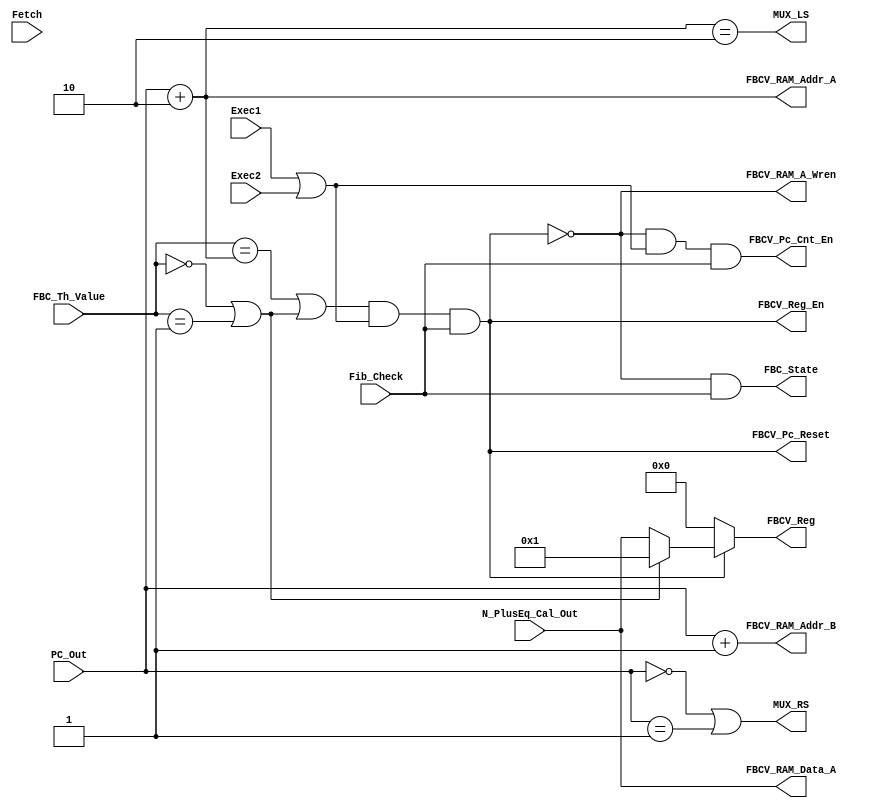
module Fibonacci_ALU_Decoder
(
input [11:0] FBC_Th_Value,  //That comes from the IR' 12 bits ontop of MUX2 in the simple MU0 design and after having been passed through the FORCE for FBC instruction - We ensure that we will always know the the th nu of the fib number we are looking for 
//input [15:0] FBCV_RAm_DataOut_B, that will go directly to the N>=2 calculator block
input [11:0] PC_Out,
input [15:0] N_PlusEq_Cal_Out, //This is the output from the Sum of the sum that produces the correct Fib Number for N>=2


input Fib_Check,
input Fetch, //I believe it won't be needed
input Exec1,
input Exec2,

output [15:0] FBCV_Reg,
output FBCV_Reg_En,

output FBCV_RAM_A_Wren,
output [15:0] FBCV_RAM_Data_A,
output [11:0] FBCV_RAM_Addr_A,
output [11:0] FBCV_RAM_Addr_B,

output FBCV_Pc_Cnt_En,
output FBCV_Pc_Reset, //That will be resposnible for setting the PC ouput to 0 after the condition has been satisfied - if reset is not available we will use DataIn with fixed 0s and Sload. 

//output PC_Add1, these bacame wires
//output PC_Add2, these became wires

output MUX_LS,
output MUX_RS,

output FBC_State //That will go into the State Machine indicating whether we should remain on EXEC1 or go to EXEC2 - this will enable us to remain in EXEC2 if needed and avoid remaing in EXEC1 in which we have numerous actions occuring.  
);


wire [11:0] PC_Add1= PC_Out + 1;
wire [11:0] PC_Add2= PC_Out + 2;


wire Base_Case_In_Check= (FBC_Th_Value==0) | (FBC_Th_Value==1); //Checking if we have N=0 or N=1  
wire [15:0] Base_Case= 1; //This is for N=0-fib(0) or N=1-fib(0)
wire Cond_Met= ((FBC_Th_Value==PC_Add2) | Base_Case_In_Check) & (Exec1 | Exec2) & Fib_Check; //Indicates if the value if it is one of the base cases or not and the value has been calculated - elimanates the possibility to save a value that should not be saved (E.g. Case of Fetch)


wire [15:0] Zeros=0;
wire [15:0] FBCV_Temp= Base_Case_In_Check ? Base_Case:N_PlusEq_Cal_Out; //That will be the result although this might keep changing (as a values) it will only be saved to the register(FBCV_Reg_En=1) only when the Cond_Met is satisfied see next line.
assign FBCV_Reg= Cond_Met ? FBCV_Temp:Zeros; //Not necessary - But only when the Cond_Met is satisfied this will output the correct result - all the other times it will output 0s.
assign FBCV_Reg_En= Cond_Met;


assign FBCV_RAM_A_Wren= ~Cond_Met; // It will keep storing the result of the Sum Block for N>=2 while the condition is not satisfied.
assign FBCV_RAM_Data_A= N_PlusEq_Cal_Out;
assign FBCV_RAM_Addr_A= PC_Add2; //This will be the address for storing the sum from the N>=2 calculator.
assign FBCV_RAM_Addr_B= PC_Add1;

assign FBCV_Pc_Cnt_En= ~Cond_Met & (Exec1 | Exec2) & Fib_Check; //When the condition is not satisfied keep counting - we added the last three condition in order to make sure that for example when we have Fetch it won't beacome 1
assign FBCV_Pc_Reset= Cond_Met; //When the condition is reset the counter to 0-this will enable us to have 0 in future calculations - since the PC in the beginning is initialized with value 0


assign MUX_LS= (PC_Add2==2);
assign MUX_RS= (PC_Out==0) | (PC_Out==1);

 
assign FBC_State=~Cond_Met&Fib_Check;//with that we make sure that we avoid when Cond_Met is not satisfied malfunction in the State Machine - e.g. not Fibonacci Instruction
endmodule